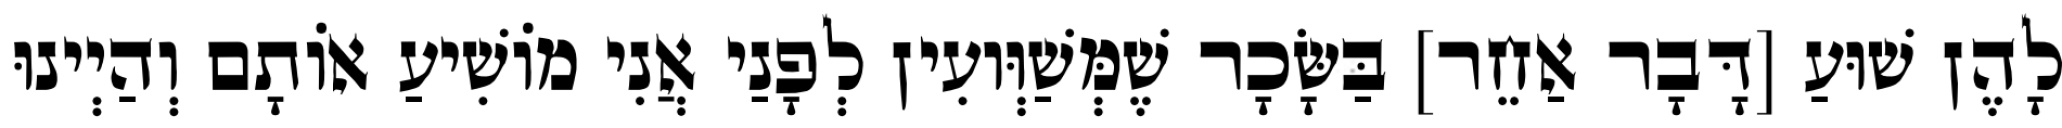
לָהֶן שׁוּעַ [דָּבָר אַחֵר] בַּשָּׂכָר שֶׁמְּשַׁוְּועִין לְפָנַי אֲנִי מוֹשִׁיעַ אוֹתָם וְהַיְינוּ